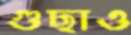
গুছাও